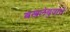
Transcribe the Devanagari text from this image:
बखलेबुवांचे